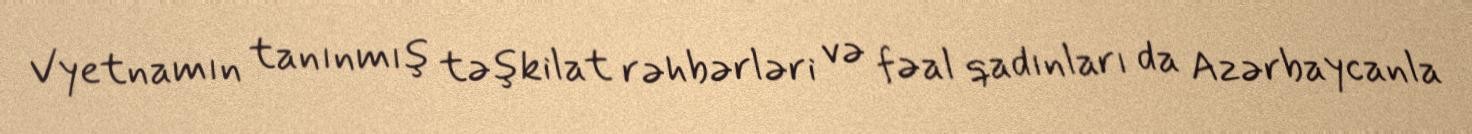
Vyetnamın tanınmış təşkilat rəhbərləri və fəal qadınları da Azərbaycanla